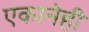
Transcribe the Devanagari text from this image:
एकानेही